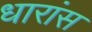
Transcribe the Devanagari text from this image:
धारांस